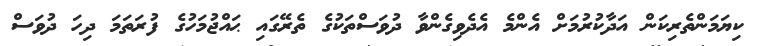
ކިޔަމަންތެރިކަން އަދާކުރުމަށް އެންމެ އެދެވިގެންވާ ދުވަސްތަކުގެ ތެރޭގައި ޙައްޖުމަހުގެ ފުރަތަމަ ދިހަ ދުވަސް